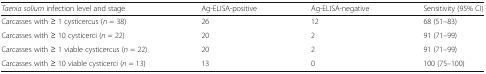
<table><thead><tr><td><b><i>Taenia solium</i> infection level and stage</b></td><td><b>Ag-ELISA-positive</b></td><td><b>Ag-ELISA-negative</b></td><td><b>Sensitivity (95% CI)</b></td></tr></thead><tbody><tr><td>Carcasses with ≥ 1 cysticercus (<i>n</i> = 38)</td><td>26</td><td>12</td><td>68 (51–83)</td></tr><tr><td>Carcasses with ≥ 10 cysticerci (<i>n</i> = 22)</td><td>20</td><td>2</td><td>91 (71–99)</td></tr><tr><td>Carcasses with ≥ 1 viable cysticercus (<i>n</i> = 22)</td><td>20</td><td>2</td><td>91 (71–99)</td></tr><tr><td>Carcasses with ≥ 10 viable cysticerci (<i>n</i> = 13)</td><td>13</td><td>0</td><td>100 (75–100)</td></tr></tbody></table>